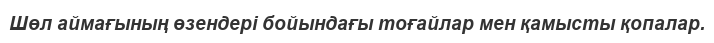
Шөл аймағының өзендері бойындағы тоғайлар мен қамысты қопалар.